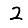
Digit: 2